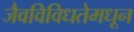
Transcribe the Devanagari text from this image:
जैवविविधतेमधून